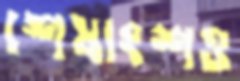
শেষাংশও